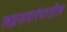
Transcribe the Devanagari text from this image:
लग्नसमारंभातील